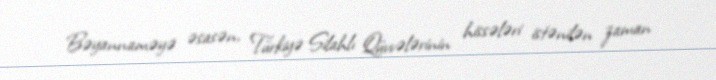
Bəyannaməyə əsasən, Türkiyə Silahlı Qüvvələrinin hissələri istənilən zaman